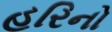
હરિનો